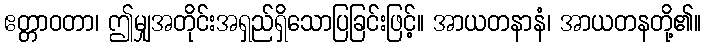
ဧတ္တာဝတာ၊ ဤမျှအတိုင်းအရှည်ရှိသောပြခြင်းဖြင့်။ အာယတနာနံ၊ အာယတနတို့၏။